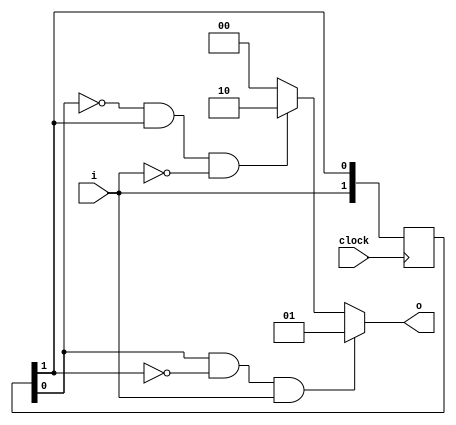
module MealyPattern(
	input        clock,
	input        i,
	output [1:0] o
);

//Unique binary representation for each state:
reg [1:0]  q;
reg [1:0]  t;

initial begin
	q = 2'b00;
	t = 2'b00;
end

always @(posedge clock) begin  // update at rising clock edge
	q[0] <= q[1];
	q[1] <= i;
end

always @* begin  // change the output combinatorially -> doe not depend on clock edge
	if (q[0] == 1 && q[1] == 0 && i==1) begin
		t = 2'b01;
	end
	else 
		if (q[0] == 0 && q[1] == 1 && i==0) begin
		t = 2'b10;
	end
		else 
		t = 2'b00;
end

assign o = t;

endmodule

module MealyPatternTestbench();

	reg i;
	reg clock;
	wire  [1:0] o;

	MealyPattern machine(.clock(clock), .i(i), .o(o));

	initial begin
		i = 0 ;
		clock = 0 ;
	end

	always
		#1
		clock = !clock;
	
	initial begin
		#2
		i = 1;
		#2
		i = 1;
		#2
		i = 0;
		#2
		i = 1;
		#2
		i = 0;
		#2
		i = 1;
		#2
		i = 0;
		#2
		i = 1;
		#2
		i = 1;
	end

	initial begin
		$dumpfile ("mealy.vcd");
		$dumpvars ;
	end

	initial
		#20 $finish;


	//  011

endmodule